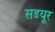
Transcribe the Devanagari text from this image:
सडयूर